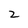
Character: 2